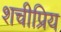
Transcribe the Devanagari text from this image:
शचीप्रिय